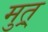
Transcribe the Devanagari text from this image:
मुत्र्